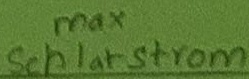
Text: max Schaltstrom